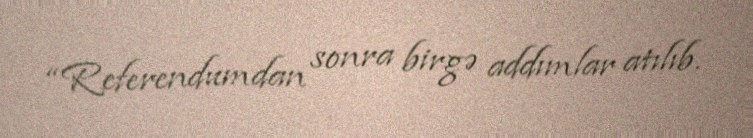
“Referendumdan sonra birgə addımlar atılıb.